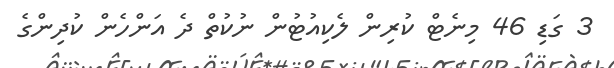
3 ގަޑި 46 މިނެޓް ކުރިން ލެކިއުޓުން ނުކުތް ދެ އަންހެން ކުދިންގެ